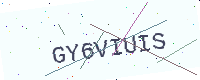
Text: GY6VIUIS